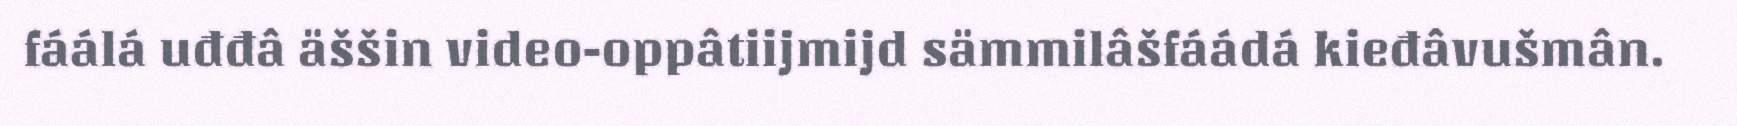
fáálá uđđâ äššin video-oppâtiijmijd sämmilâšfáádá kieđâvušmân.